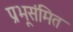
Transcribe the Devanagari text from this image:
प्रभूसंमित